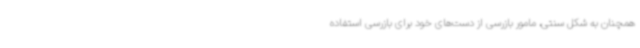
همچنان به شکل سنتی، مامور بازرسی از دست‌های خود برای بازرسی استفاده